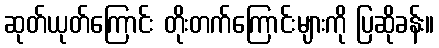
ဆုတ်ယုတ်ကြောင်း တိုးတက်ကြောင်းများကို ပြဆိုခန်း။